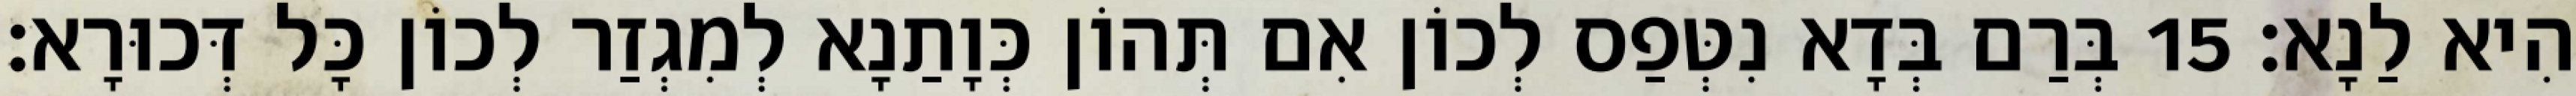
הִיא לַנָא׃ 15 בְּרַם בְּדָא נִטְּפַס לְכוֹן אִם תְּהוֹן כְּוָתַנָא לְמִגְזַר לְכוֹן כָּל דְּכוּרָא׃